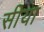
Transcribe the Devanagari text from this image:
सीया